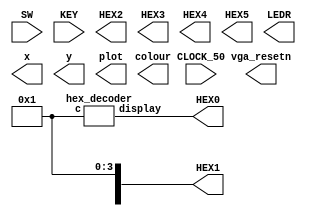
 
`timescale 1ns / 1ps
// `default_nettype none

module main	(
	input wire CLOCK_50,            //On Board 50 MHz
	input wire [9:0] SW,            // On board Switches
	input wire [3:0] KEY,           // On board push buttons
	output wire [6:0] HEX0,         // HEX displays
	output wire [6:0] HEX1,         
	output wire [6:0] HEX2,         
	output wire [6:0] HEX3,         
	output wire [6:0] HEX4,         
	output wire [6:0] HEX5,         
	output wire [9:0] LEDR,         // LEDs
	output wire [7:0] x,            // VGA pixel coordinates
	output wire [6:0] y,
	output wire [2:0] colour,       // VGA pixel colour (0-7)
	output wire plot,               // Pixel drawn when this is pulsed
	output wire vga_resetn          // VGA resets to black when this is pulsed (NOT CURRENTLY AVAILABLE)
);  
	
	//Write code in here!
	hex_decoder u0(
       .c(SW[3:0]),
		  .display(HEX0[6:0])
		 );
	 //////////////////////////////////////////////////////////////////////////////
	 
	 // Stimulus
	 // assign SW[3:0] = 4'b0000;
	 assign SW[3:0] = 4'b0001;
	
endmodule





module hex_decoder(c, display);
	input [3:0]c;
	output reg[6:0]display;
	always @(*)
	case (c)
		4'h0: display = 7'b1000000;
		4'h1: display = 7'b1111001;
		4'h2: display = 7'b0100100; 
		4'h3: display = 7'b0110000;
		4'h4: display = 7'b0011001;
		4'h5: display = 7'b0010010;  
		4'h6: display = 7'b0000010;
		4'h7: display = 7'b1111000;
		4'h8: display = 7'b0000000;
		4'h9: display = 7'b0011000;
		4'hA: display = 7'b0001000; 
		4'hB: display = 7'b0000011;
		4'hC: display = 7'b1000110;
		4'hD: display = 7'b0100001;
		4'hE: display = 7'b1000110;
		4'hF: display = 7'b0001110;
	default: display = 7'h7f;
	endcase
endmodule